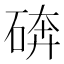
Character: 𰧆